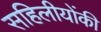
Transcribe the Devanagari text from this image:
सहिलीयोंकी